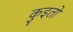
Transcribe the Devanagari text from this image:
कुइतो